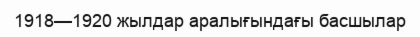
1918—1920 жылдар аралығындағы басшылар